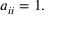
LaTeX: a _ { i i } = 1 .